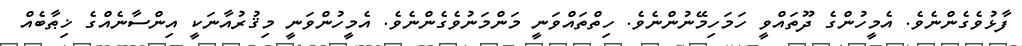
ފާޅުވެގެންނެވެ. އެމީހުންގެ ދޫތައްވީ ހަމަހިމޭނުންނެވެ. ހިތްތައްވަނީ މަންމަނުވެގެންނެވެ. އެމީހުންވަނީ މިޤުރުއާނަކީ އިންސާނެއްގެ ޚިޠާބެއް